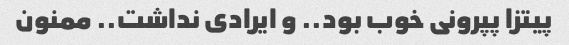
پیتزا پپرونی خوب بود.. و ایرادی نداشت.. ممنون